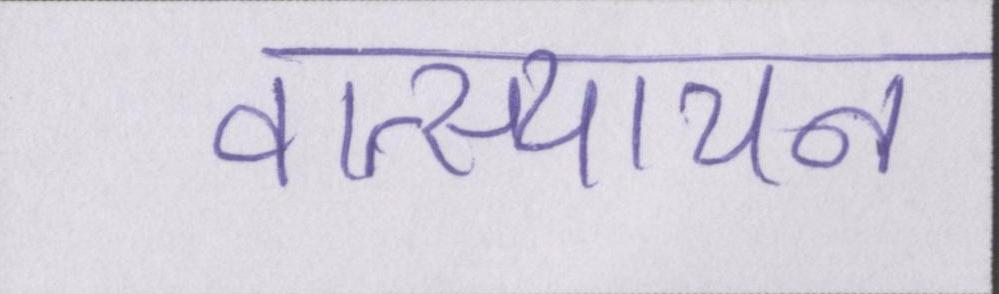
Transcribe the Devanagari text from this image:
वात्स्यायन